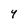
Character: Y